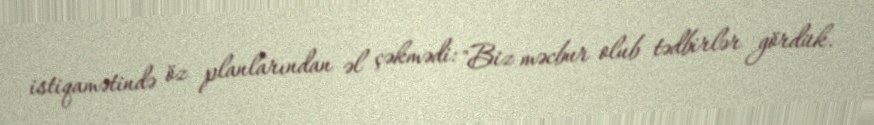
istiqamətində öz planlarından əl çəkmədi: "Biz məcbur olub tədbirlər gördük.